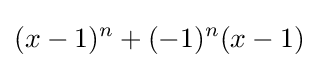
(x-1)^{n}+(-1)^{n}(x-1)